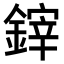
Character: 𨫃